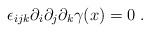
\begin{align*}\epsilon _{ijk}\partial _{i}\partial _{j}\partial _{k}\gamma (x)=0\;.\end{align*}